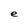
Character: e